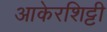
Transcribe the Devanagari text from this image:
आकेरशिट्टी